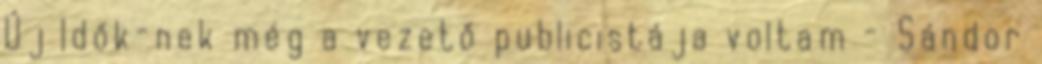
Új Idők-nek még a vezető publicistája voltam - Sándor